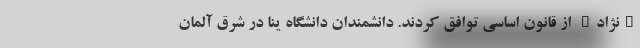
"نژاد" از قانون اساسی توافق کردند. دانشمندان دانشگاه ینا در شرق آلمان